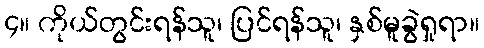
၄။ ကိုယ်တွင်းရန်သူ၊ ပြင်ရန်သူ၊ နှစ်မူခွဲရှုရာ။